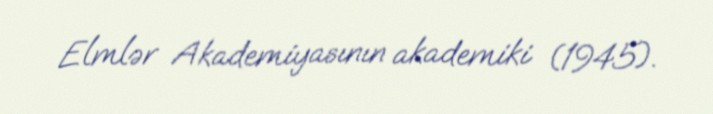
Elmlər Akademiyasının akademiki (1945).